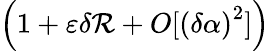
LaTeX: \left(1+\varepsilon\delta\mathcal{R}+O[\left(\delta\alpha\right)^{2}]\right)